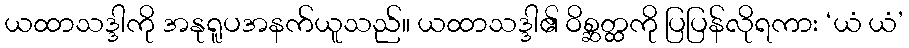
ယထာသဒ္ဒါကို အနုရူပအနက်ယူသည်။ ယထာသဒ္ဒါ၏ ဝိစ္ဆတ္ထကို ပြပြန်လိုရကား ‘ယံ ယံ’